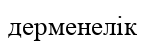
дерменелік